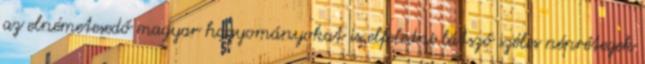
az elnémetesedő magyar hagyományokat is elfeledni látszó széles néprétegek